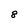
Character: 8